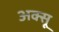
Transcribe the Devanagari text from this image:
अक्सू